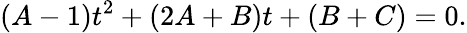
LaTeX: (A-1)t^{2}+(2A+B)t+(B+C)=0.